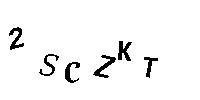
2SCZKT